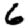
Digit: 6